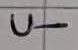
Text: U-